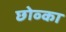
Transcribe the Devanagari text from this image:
छोव्का